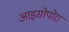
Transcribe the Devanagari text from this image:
आइसोपोरा